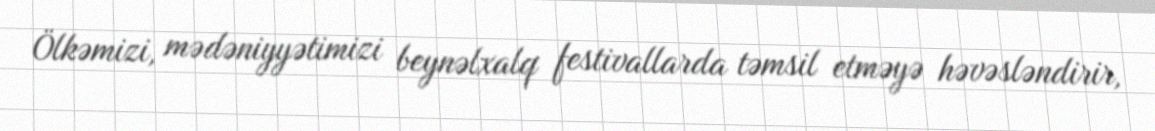
Ölkəmizi, mədəniyyətimizi beynəlxalq festivallarda təmsil etməyə həvəsləndirir,